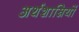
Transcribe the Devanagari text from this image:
अर्थशास्रियों